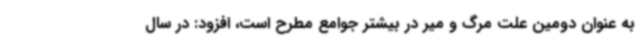
به عنوان دومین علت مرگ و میر در بیشتر جوامع مطرح است، افزود: در سال